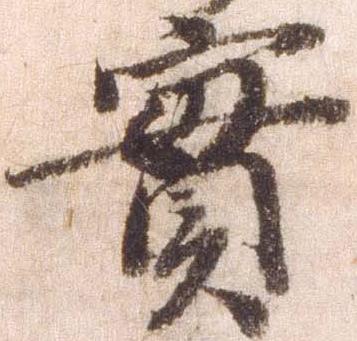
実